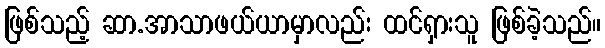
ဖြစ်သည့် ဆာ.အာသာဖယ်ယာမှာလည်း ထင်ရှားသူ ဖြစ်ခဲ့သည်။